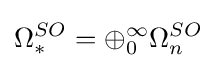
\Omega _{*}^{SO}=\oplus _{0}^{\infty }\Omega _{n}^{SO}